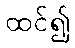
ထင်၍